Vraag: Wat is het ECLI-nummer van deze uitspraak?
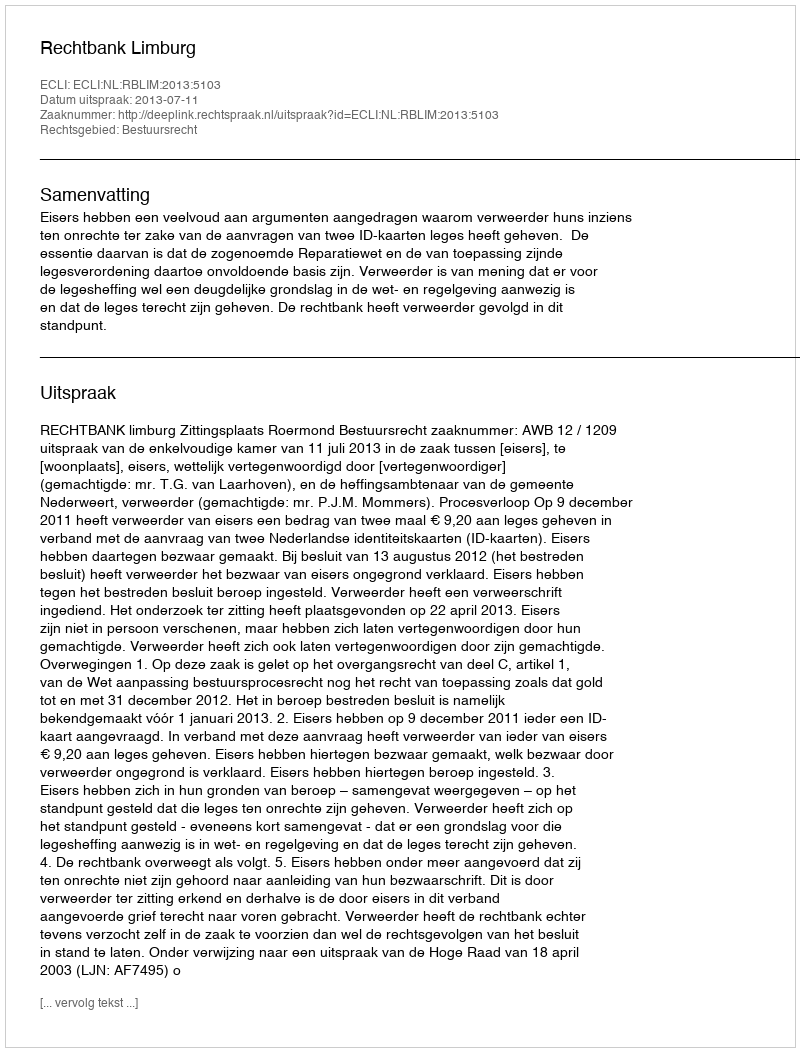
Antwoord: ECLI:NL:RBLIM:2013:5103